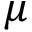
\mu